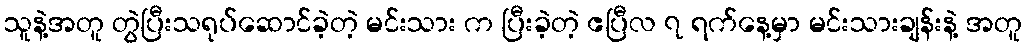
သူနဲ့အတူ တွဲပြီးသရုပ်ဆောင်ခဲ့တဲ့ မင်းသား က ပြီးခဲ့တဲ့ ဧပြီလ ၇ ရက်နေ့မှာ မင်းသားချန်းနဲ့ အတူ